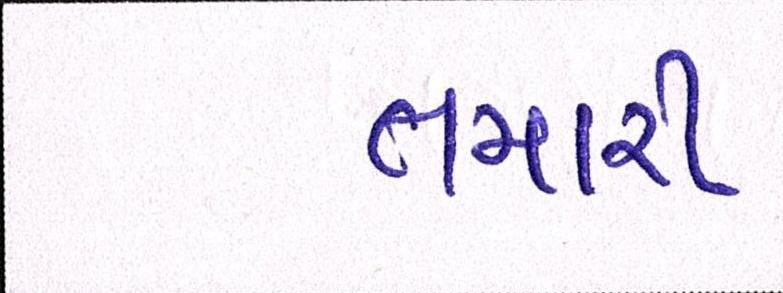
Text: તમારી